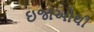
ઇજાઓથી